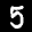
Label: 5